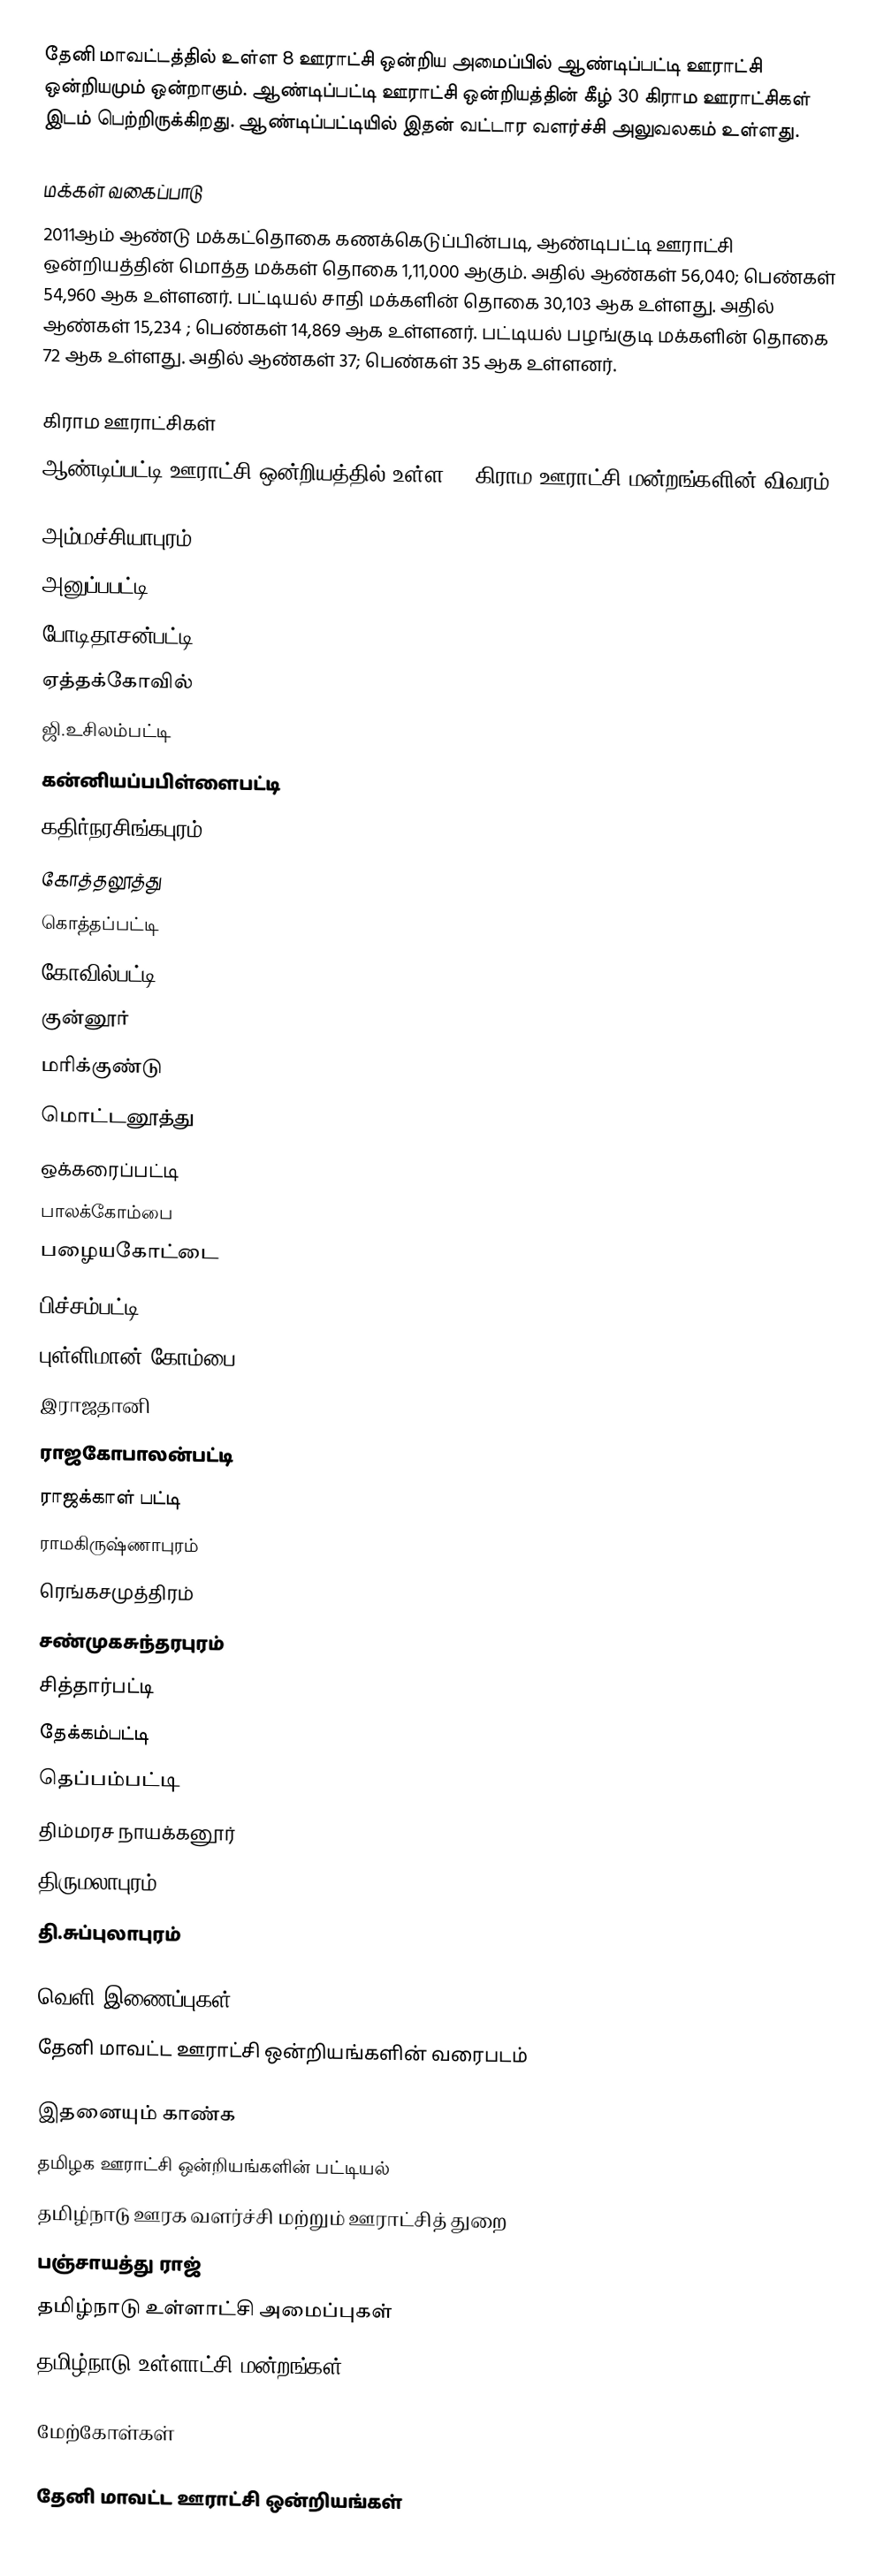
தேனி மாவட்டத்தில் உள்ள 8 ஊராட்சி ஒன்றிய அமைப்பில் ஆண்டிப்பட்டி ஊராட்சி ஒன்றியமும் ஒன்றாகும்.  ஆண்டிப்பட்டி ஊராட்சி  ஒன்றியத்தின் கீழ் 30 கிராம ஊராட்சிகள் இடம் பெற்றிருக்கிறது. ஆண்டிப்பட்டியில் இதன் வட்டார வளர்ச்சி அலுவலகம் உள்ளது.

மக்கள் வகைப்பாடு
2011ஆம் ஆண்டு மக்கட்தொகை கணக்கெடுப்பின்படி, ஆண்டிபட்டி ஊராட்சி ஒன்றியத்தின் மொத்த மக்கள் தொகை 1,11,000 ஆகும். அதில் ஆண்கள் 56,040; பெண்கள் 54,960  ஆக உள்ளனர். பட்டியல் சாதி மக்களின் தொகை 30,103  ஆக உள்ளது. அதில் ஆண்கள் 15,234 ; பெண்கள் 14,869  ஆக உள்ளனர். பட்டியல் பழங்குடி மக்களின் தொகை  72 ஆக உள்ளது. அதில் ஆண்கள் 37; பெண்கள் 35 ஆக உள்ளனர்.

கிராம ஊராட்சிகள்
ஆண்டிப்பட்டி ஊராட்சி ஒன்றியத்தில் உள்ள 30 கிராம ஊராட்சி மன்றங்களின் விவரம்:

 அம்மச்சியாபுரம்
 அனுப்பபட்டி
 போடிதாசன்பட்டி
 ஏத்தக்கோவில்
 ஜி.உசிலம்பட்டி
 கன்னியப்பபிள்ளைபட்டி
 கதிர்நரசிங்கபுரம்
 கோத்தலூத்து
 கொத்தப்பட்டி
 கோவில்பட்டி
 குன்னூர்
 மரிக்குண்டு
 மொட்டனூத்து
 ஒக்கரைப்பட்டி
 பாலக்கோம்பை
 பழையகோட்டை
 பிச்சம்பட்டி
 புள்ளிமான் கோம்பை
 இராஜதானி
 ராஜகோபாலன்பட்டி
 ராஜக்காள் பட்டி
 ராமகிருஷ்ணாபுரம்
 ரெங்கசமுத்திரம்
 சண்முகசுந்தரபுரம்
 சித்தார்பட்டி
 தேக்கம்பட்டி
 தெப்பம்பட்டி
 திம்மரச நாயக்கனூர்
 திருமலாபுரம்
 தி.சுப்புலாபுரம்

வெளி இணைப்புகள்
  தேனி மாவட்ட ஊராட்சி ஒன்றியங்களின் வரைபடம்

இதனையும் காண்க
 தமிழக ஊராட்சி ஒன்றியங்களின் பட்டியல்
 தமிழ்நாடு ஊரக வளர்ச்சி மற்றும் ஊராட்சித் துறை
 பஞ்சாயத்து ராஜ்
 தமிழ்நாடு உள்ளாட்சி அமைப்புகள்
 தமிழ்நாடு உள்ளாட்சி மன்றங்கள்

மேற்கோள்கள்

தேனி மாவட்ட ஊராட்சி ஒன்றியங்கள்